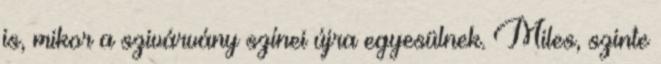
is, mikor a szivárvány színei újra egyesülnek. Miles, szinte